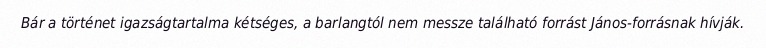
Bár a történet igazságtartalma kétséges, a barlangtól nem messze található forrást János-forrásnak hívják.